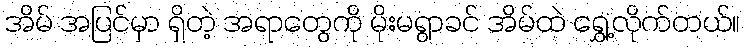
အိမ် အပြင်မှာ ရှိတဲ့ အရာတွေကို မိုးမရွာခင် အိမ်ထဲ ရွှေ့လိုက်တယ်။